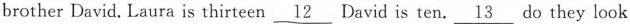
brother David. Laura is thirteen \underline{12} David is ten.\underline{13} do they look